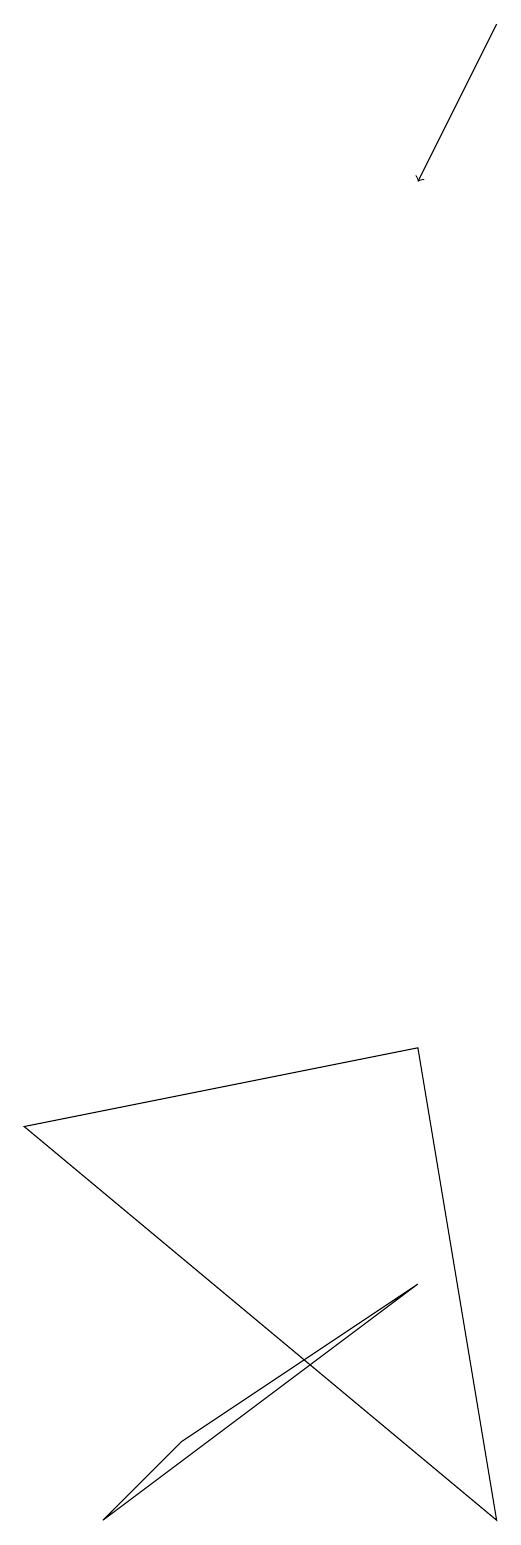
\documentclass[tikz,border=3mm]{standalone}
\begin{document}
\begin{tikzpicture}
\draw (6,6) -- (7,0) -- (1,5) -- cycle;
\draw (2,0) -- (6,3) -- (3,1) -- cycle;
\draw[->] (7,19) -- (6,17);
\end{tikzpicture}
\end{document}